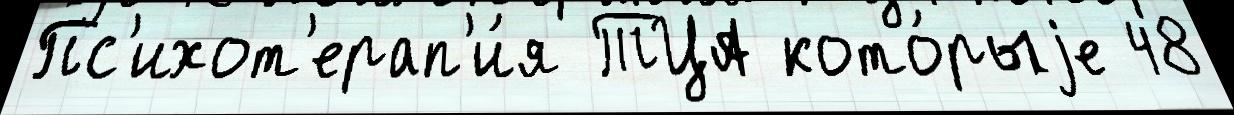
Пс'ихот'ерап'и́я ТЦА кото́рыjе 48